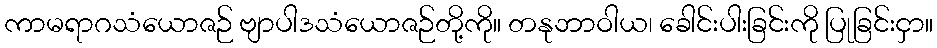
ကာမရာဂသံယောဇဉ် ဗျာပါဒသံယောဇဉ်တို့ကို။ တနုဘာဝါယ၊ ခေါင်းပါးခြင်းကို ပြုခြင်းငှာ။